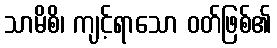
သာမိစိ၊ ကျင့်ရာသော ဝတ်ဖြစ်၏